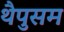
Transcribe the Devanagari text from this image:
थैपुसम